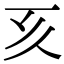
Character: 𠀔